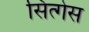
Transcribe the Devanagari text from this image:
सित्गेस